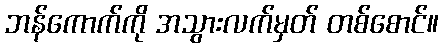
ဘန်ကောက်ကို အသွားလက်မှတ် တစ်စောင်။